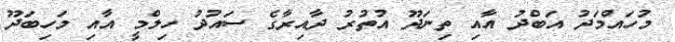
މުހައްމަދު އަބްދު އާއި ތިނަދޫ އުތުރު ދާއިރާގެ ސައުދު ހިލްމީ އާއި މަހިބަދޫ